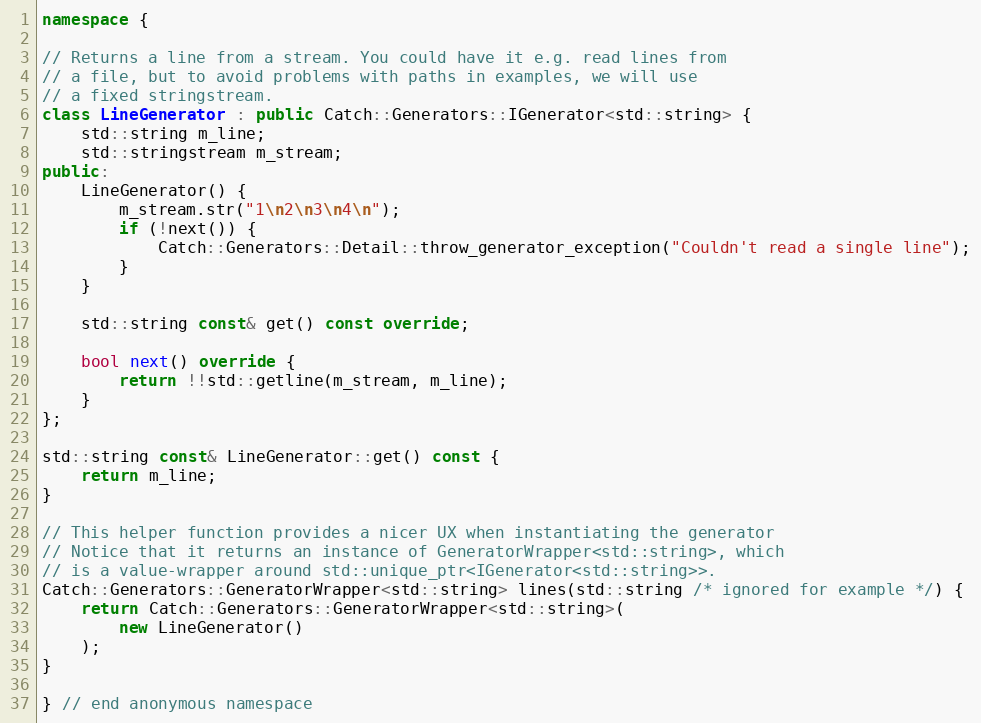
Language: C++
namespace {

// Returns a line from a stream. You could have it e.g. read lines from
// a file, but to avoid problems with paths in examples, we will use
// a fixed stringstream.
class LineGenerator : public Catch::Generators::IGenerator<std::string> {
    std::string m_line;
    std::stringstream m_stream;
public:
    LineGenerator() {
        m_stream.str("1\n2\n3\n4\n");
        if (!next()) {
            Catch::Generators::Detail::throw_generator_exception("Couldn't read a single line");
        }
    }

    std::string const& get() const override;

    bool next() override {
        return !!std::getline(m_stream, m_line);
    }
};

std::string const& LineGenerator::get() const {
    return m_line;
}

// This helper function provides a nicer UX when instantiating the generator
// Notice that it returns an instance of GeneratorWrapper<std::string>, which
// is a value-wrapper around std::unique_ptr<IGenerator<std::string>>.
Catch::Generators::GeneratorWrapper<std::string> lines(std::string /* ignored for example */) {
    return Catch::Generators::GeneratorWrapper<std::string>(
        new LineGenerator()
    );
}

} // end anonymous namespace